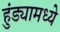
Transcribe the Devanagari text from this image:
हुंड्यामध्ये